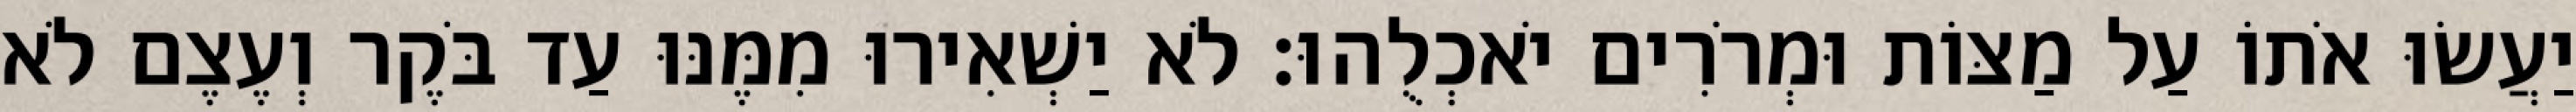
יַעֲשׂוּ אֹתוֹ עַל מַצּוֹת וּמְרֹרִים יֹאכְלֻהוּ׃ לֹא יַשְׁאִירוּ מִמֶּנּוּ עַד בֹּקֶר וְעֶצֶם לֹא